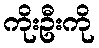
ကိုးဦးကို